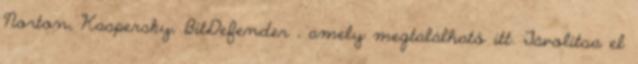
Norton, Kaspersky, BitDefender , amely megtalálható itt. Távolítsa el